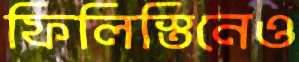
ফিলিস্তিনেও